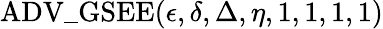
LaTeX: \mathrm{ADV\_ GSEE}(\epsilon,\delta,\Delta,\eta,1,1,1,1)